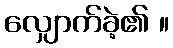
လျှောက်ခဲ့၏ ။